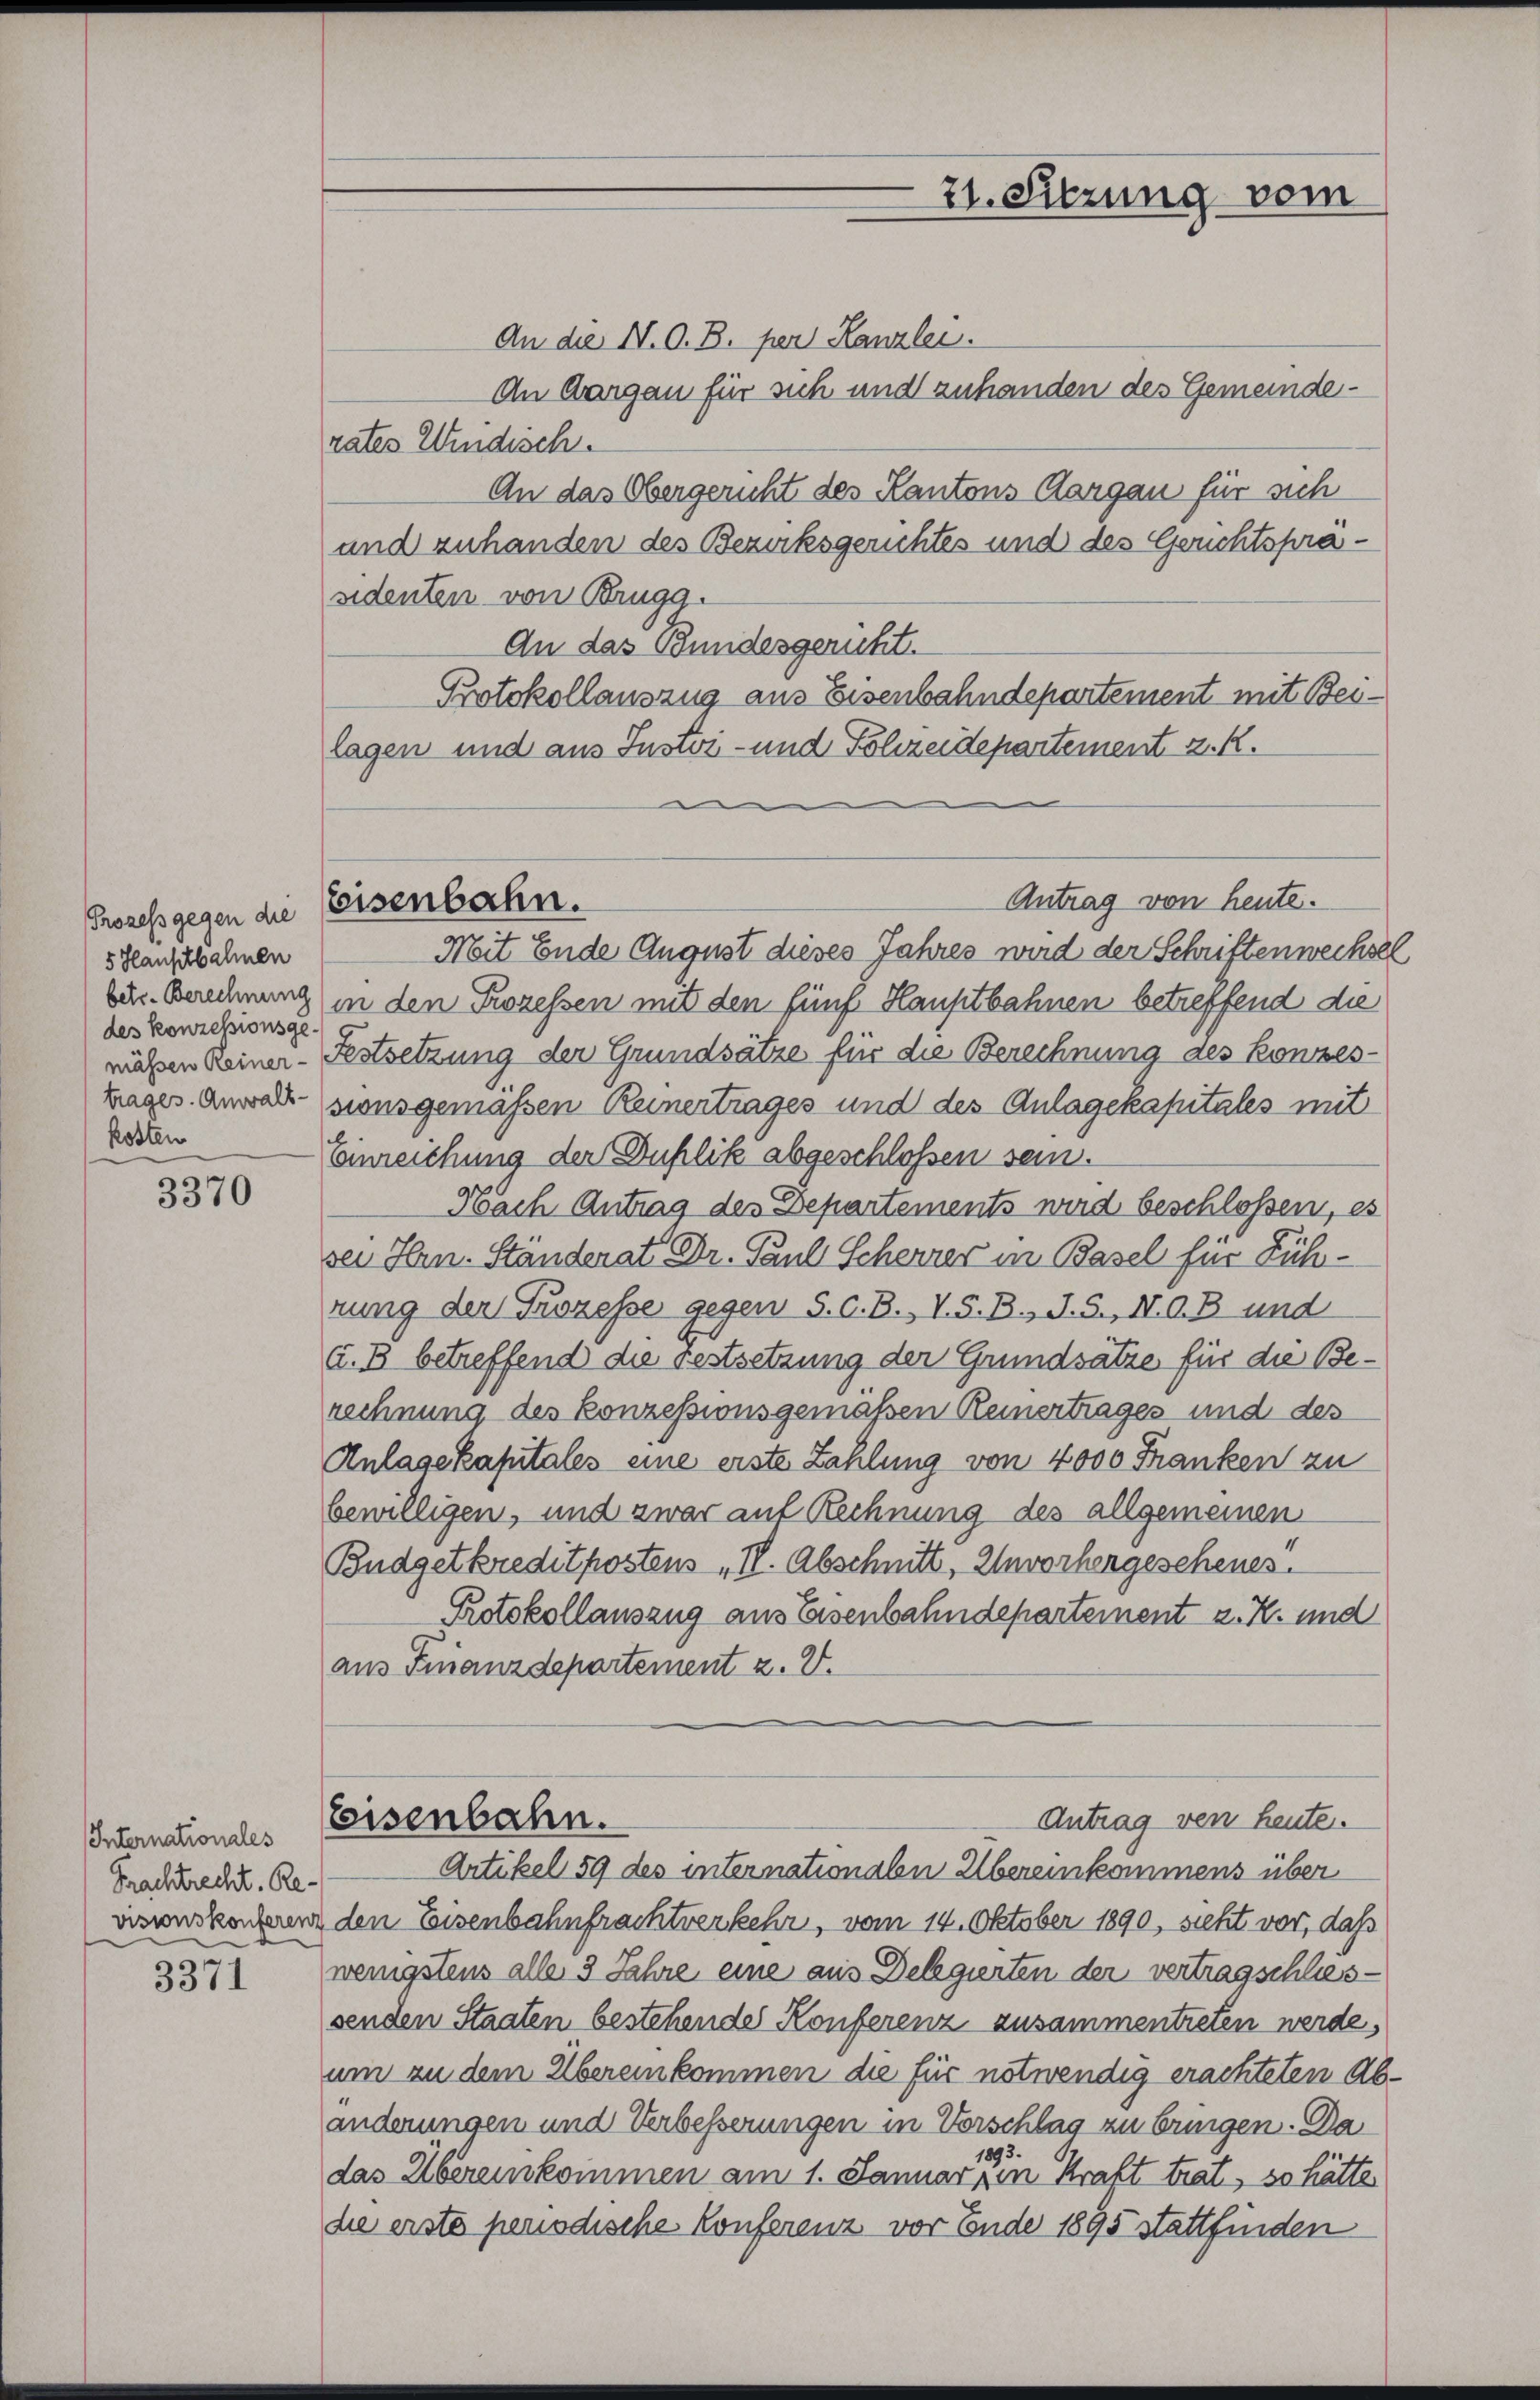
Prozess gegen die
5 Hauptbahnen
des konzessionsgetrages. Anwalt-
kosten

3370

Internationales
Frachtrecht. Re
visionskonferer

3371

Eisenbahn.

21. Sitzung vom

An die N. O. B. per Kanzlei.
An Aargau für sich und zuhanden des Gemeinderates Windisch.
An das Obergericht des Kantons Aargau für sich
und zuhanden des Bezirksgerichtes und des Gerichtspräsidenten von Brugg.
An das Bundesgericht.
Protokollauszug aus Eisenbahndepartement mit Beslagen und aus Justiz- und Polizeidepartement z. R.
Antrag von heute.
Mit Ende August dieses Jahres wird der Schriften wechse
ber. Berechnung in den Prozessen mit den fünf Hauptbahnen betreffend die
mäßen Reiner-Festsetzung der Grundsätze für die Berechnung des Konzes-
sionsgemäßen Reinertrages und des Anlagekapitales mit
Einreichung der Duplik abgeschlossen sein.
Nach Antrag des Departements wird beschlossen, es
sei Hrn. Ständerat Dr. Paul Scherrer in Basel für Führung der Prozesse gegen S. C. B., VG. B., J. S., N. O. B. und
a.B betreffend die Festsetzung der Grundsätze für die Berechnung des konzessionsgemäßen Reinertrages und des
Anlagekapitales eine erste Zahlung von 4000 Franken zu
bewilligen, und zwar auf Rechnung des allgemeinen
Budgetkredit postens II. Abschnitt, Unvorhergeschenes.
Protokollauszug aus Eisenbahndepartement z. K. und
aus Finanzdepartement z. B.
Eisenbahn.
Antrag von heute.
Artikel 59 des internationalen Übereinkommens über
i den Eisenbahnfrachtverkehr, vom 14. Oktober 1890, sieht vor, daß
wenigstens alle 3 Jahre eine aus Delegierten der vertragschliessenden Staaten bestehende Konferenz zusammentreten werde,
um zu dem Übereinkommen die für notwendig erachteten Ab-
änderungen und Verbesserungen in Vorschlag zu bringen. Da
3.
188
das Übereinkommen am 1. Januar in Kraft trat, so hätte
die erste periodische Konferenz vor Ende 1895 stattfinden